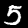
Digit: 5